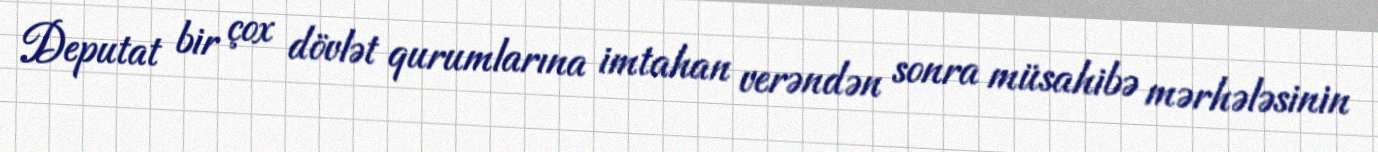
Deputat bir çox dövlət qurumlarına imtahan verəndən sonra müsahibə mərhələsinin